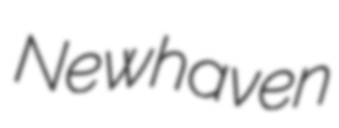
Newhaven